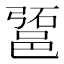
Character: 𰻱